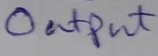
Text: Output